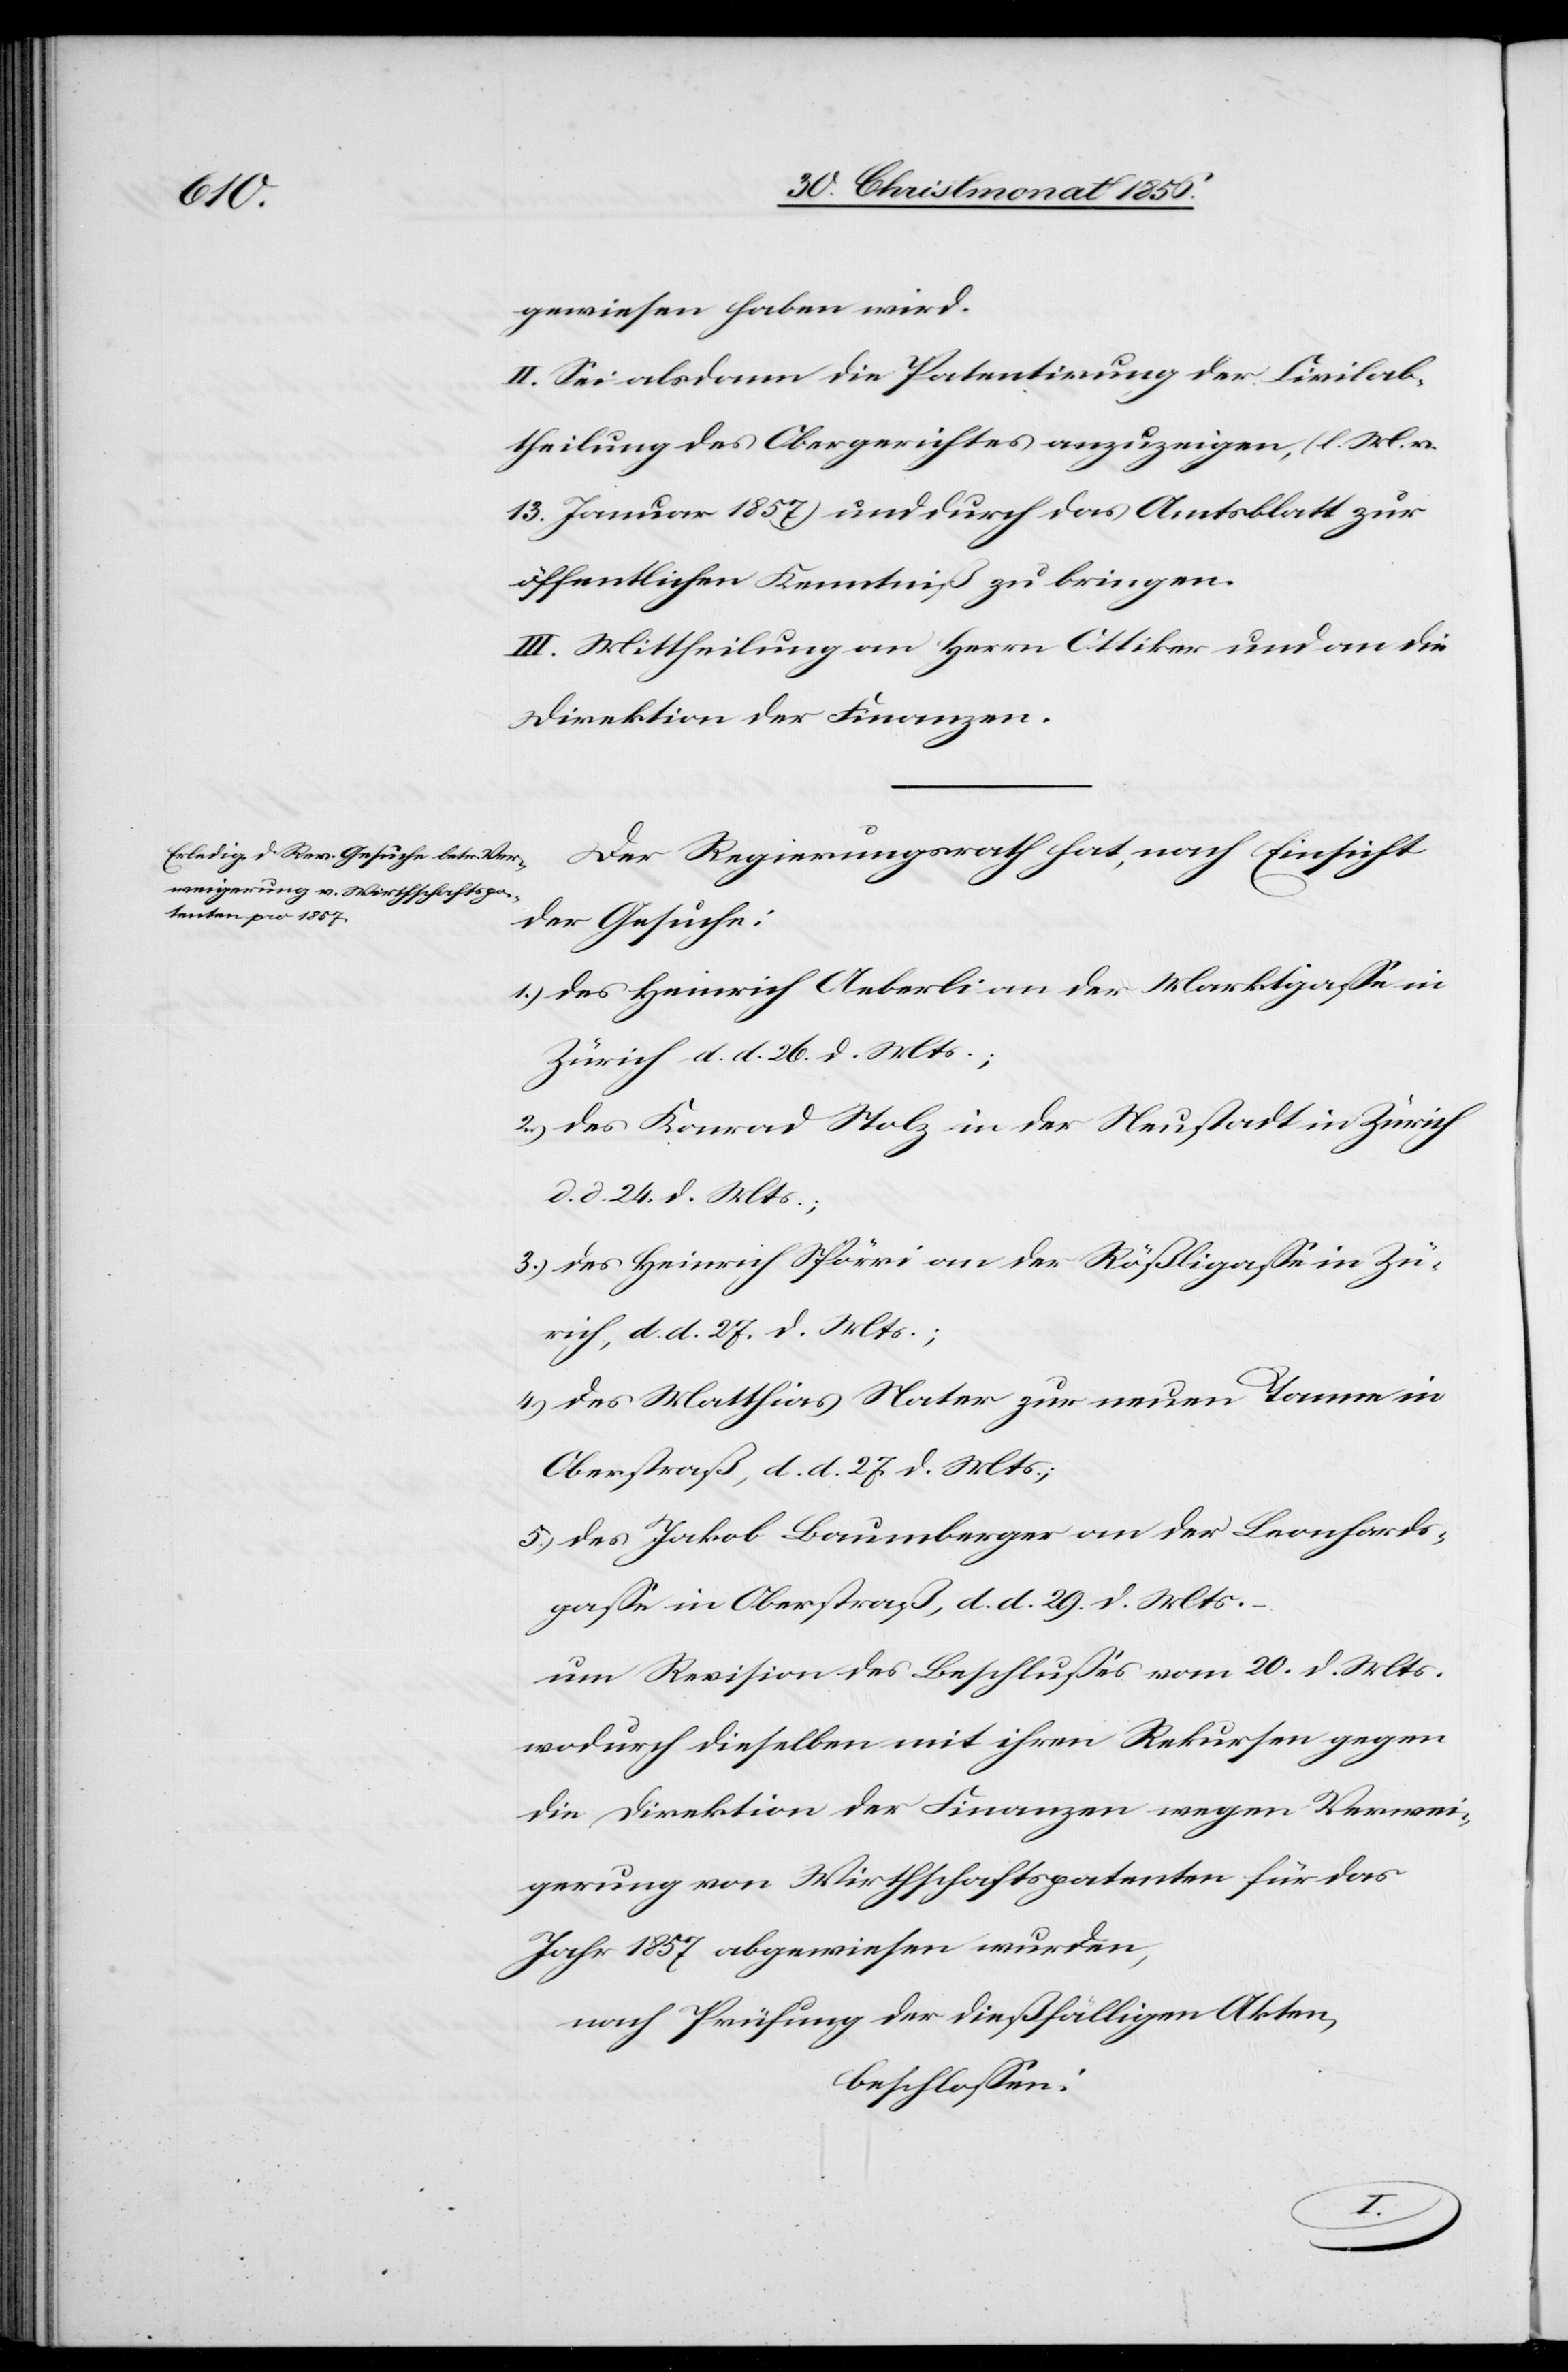
gewiesen haben wird.
II. Sei alsdann die Patentirung der Civilab¬
theilung des Obergerichtes anzuzeigen, (l. M. v.
13. Januar 1857) und durch das Amtsblatt zur
öffentlichen Kenntniß zu bringen.
III. Mittheilung an Herrn Ottiker und an die
Direktion der Finanzen.
Der Regierungsrath hat, nach Einsicht
der Gesuche:
1.) des Heinrich Aeberli an der Marktgasse in
Zürich d. d. 26. d. Mts.;
2.) des Konrad Stolz in der Neustadt in Zürich
d. d. 24. d. Mts.;
3.) des Heinrich Spörri an der Rößligasse in Zü¬
rich, d. d. 27. d. Mts.;
4.) des Matthias Nater zur neuen Tanne in
Oberstraß, d. d. 27. d. Mts.;
5.) des Jakob Baumberger an der Leonhards¬
gasse in Oberstraß, d. d. 29. d. Mts.
um Revision des Beschlusses vom 20. d. Mts.
wodurch dieselben mit ihren Rekursen gegen
die Direktion der Finanzen wegen Verwei¬
gerung von Wirthschaftspatenten für das
Jahr 1857 abgewiesen wurden,
nach Prüfung der dießfälligen Akten,
beschlossen: